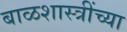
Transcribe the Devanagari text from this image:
बाळशास्त्रींच्या